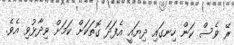
ރޭ ވެސް ކަން ހިނގައި ދިޔައީ އެފަދަ ގޮތަކަށް ކަމަށް ވިދާޅުވި އެވެ.